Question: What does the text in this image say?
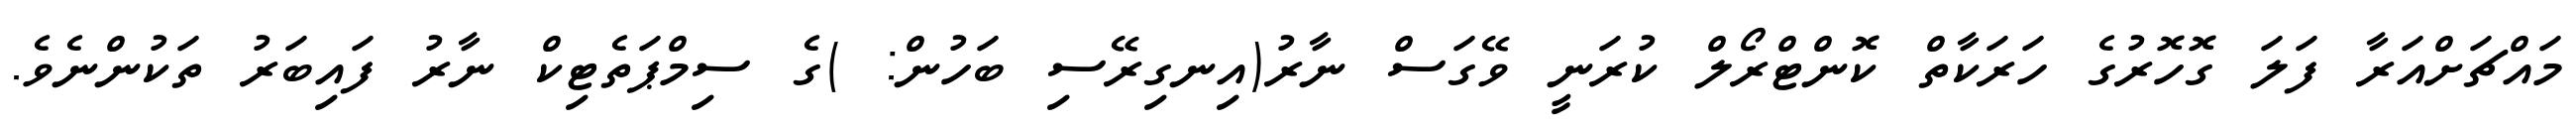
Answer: މައްޗަށްއަރާ ފަލަ ގޮހޮރުގެ ހަރަކާތް ކޮންޓްރޯލް ކުރަނީ ވޭގަސް ނާރު(އިނގިރޭސި ބަހުން: )ގެ ސިމްޕަތެޓިކް ނާރު ފައިބަރު ތަކުންނެވެ.